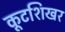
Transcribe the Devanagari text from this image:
कूटशिखर